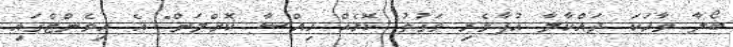
ބޯލާ ވާހަކަ ދައްކާލާ އުފާވެރި ވަގުތު ކޮޅެއް ހިއްސާ ކޮށްލަން" އެ އިވެންޓްގައި